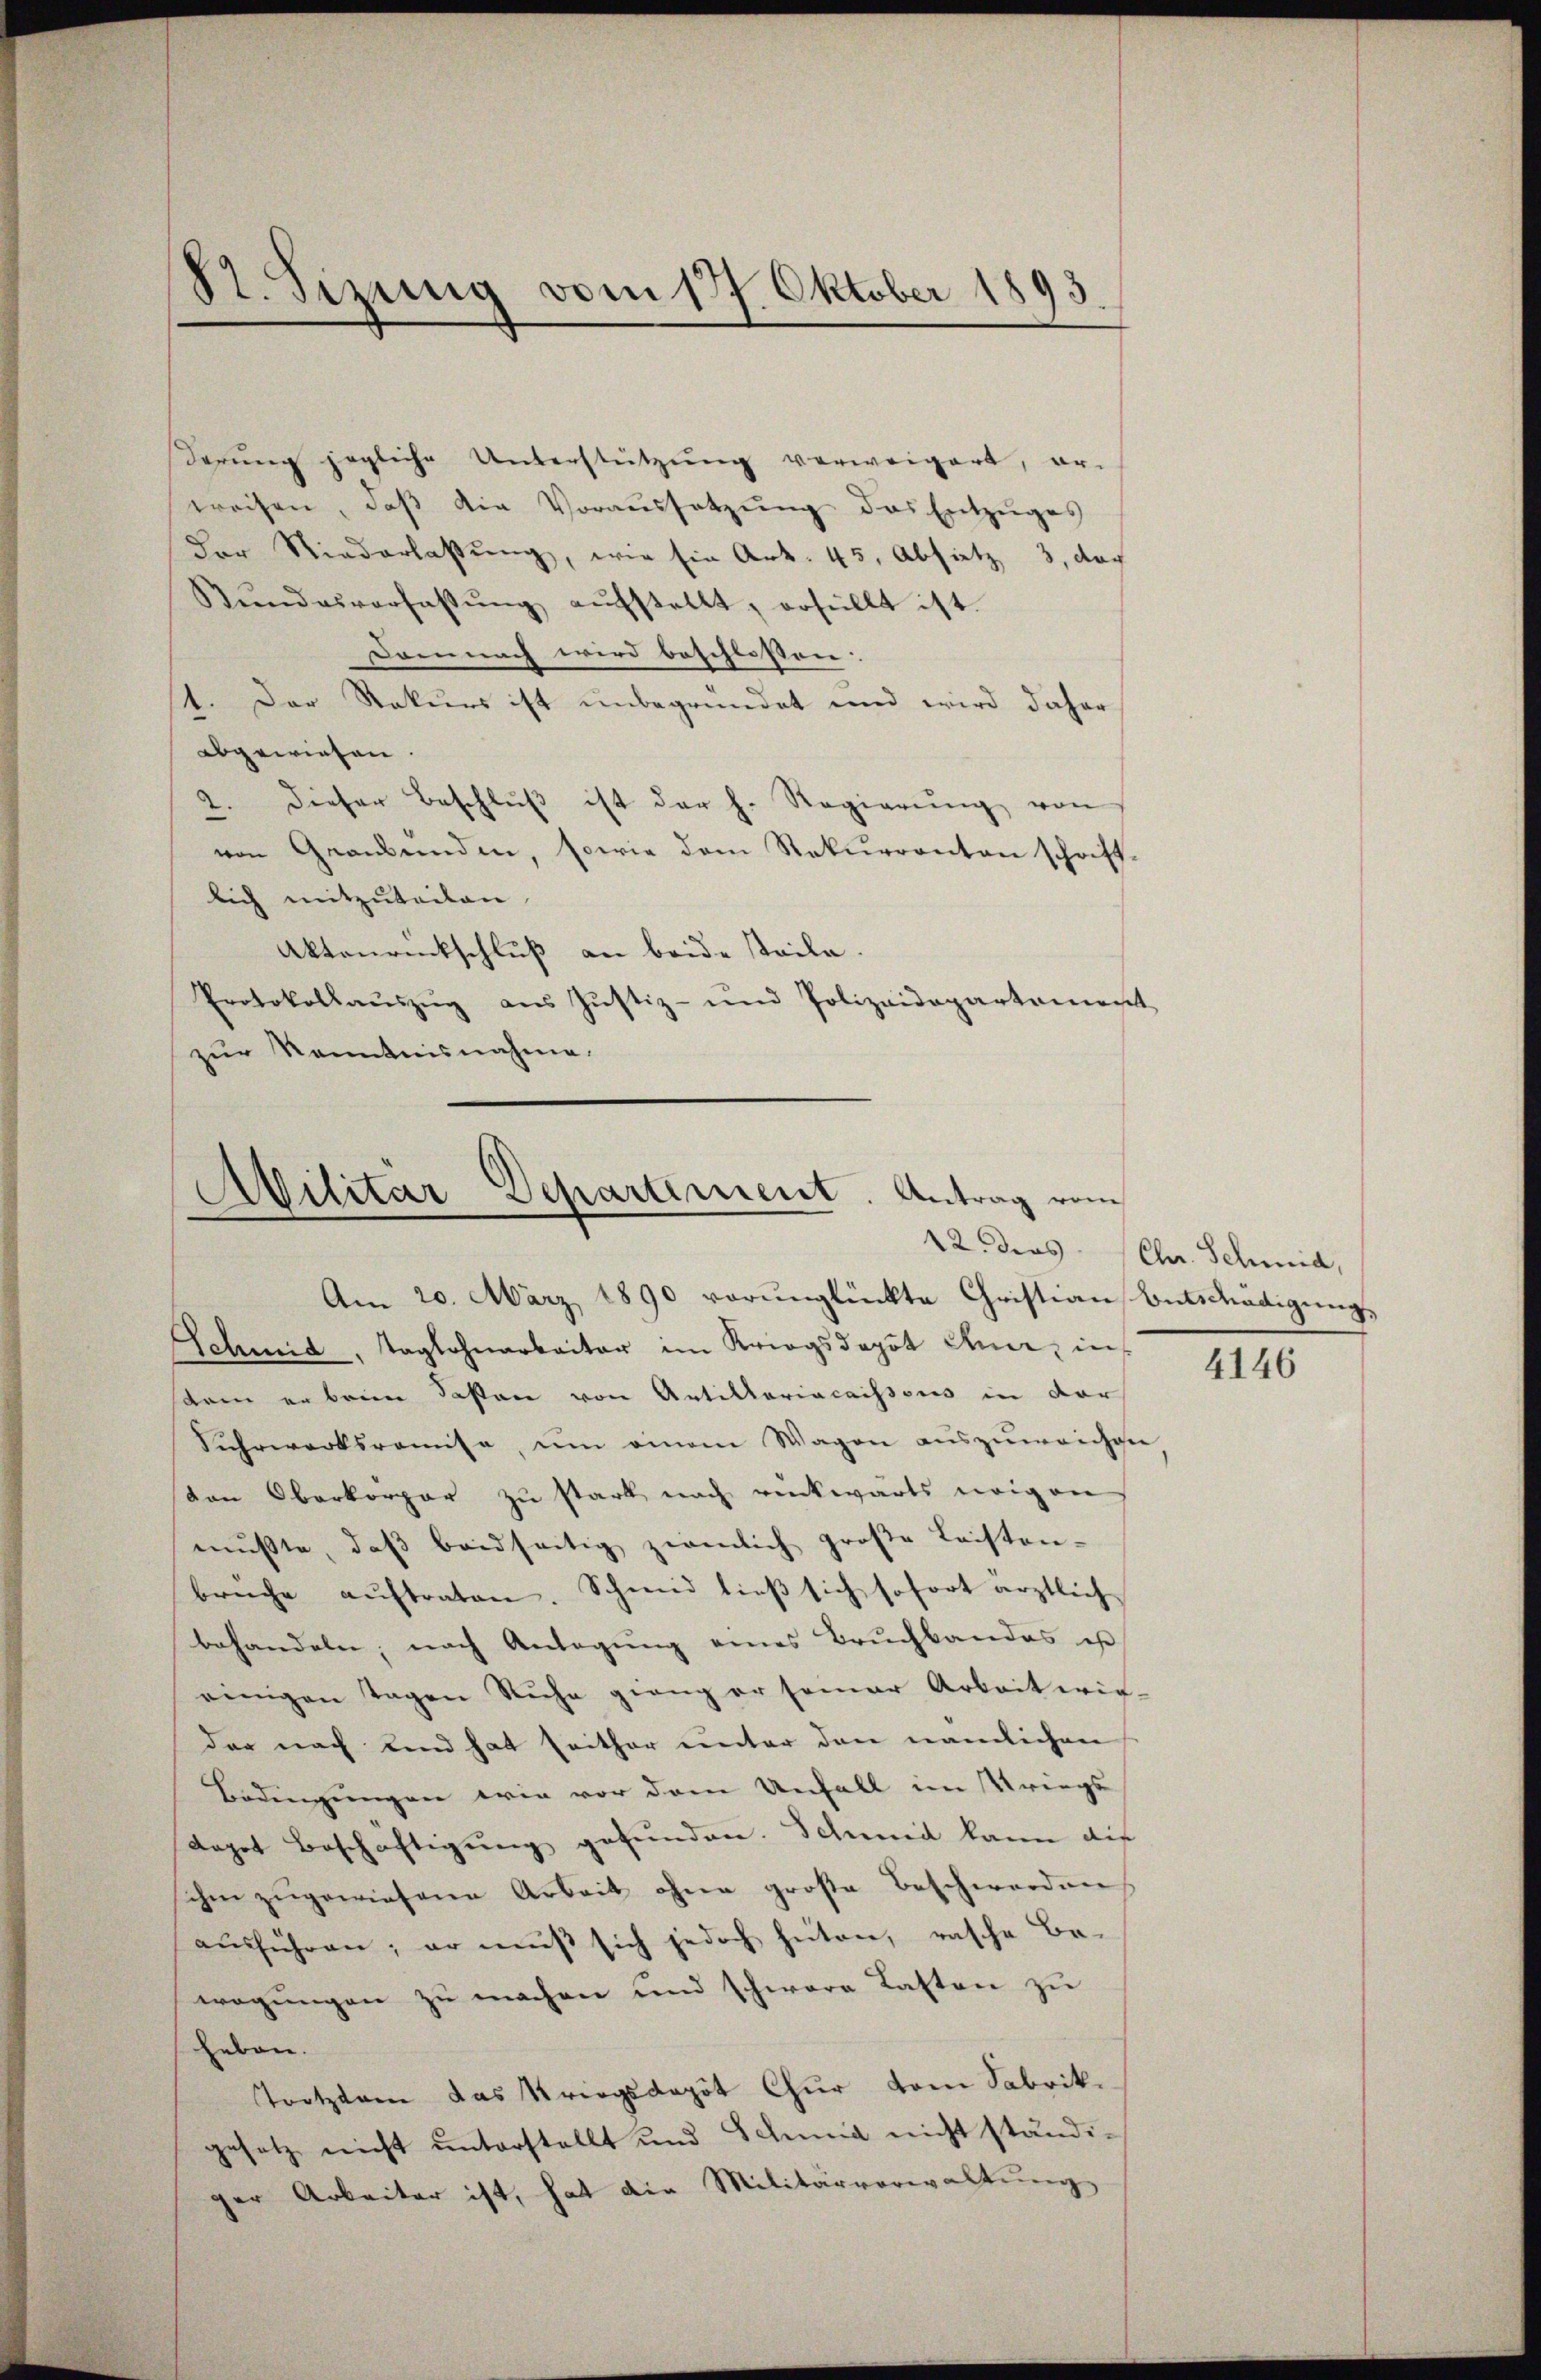
St. Sizung vom 177. Oktober 1893

Serung jegliche Unterstützung verweigert, er-
weisen, daß die Voraussetzung das Entzuges
Der Niederlaßung, wie sie Art. 45, Absatz 3, dar
Kundesverfassŭng aŭfstellt, erfüllt ist.
Damnach wird beschlossen:
1. Der Rekurs ist unbegründet und wird daher
abgewiesen.
2. dieser Beschlŭβ ist der h. Regierŭng von
von Grandenden, sowie dem Rekurrenten schrift.
lich mitzuteilen.
Aktenrückschluß an beide steile.
Protokollaŭszŭg ans Justiz- und Polizeidepartement
zur Kenntnisnahme.

Schmid, Taglohnarbeiter im Kriegsdopot dem, in
arm er brien dasten von Artillariacaissous in dar
Sahrwerksramise, ŭm einem Wagen aŭszŭweichen
von Oberkorpor zu stark nach rückwärts eigen
mŭsste, daβ beidseitig ziemlich große Leisten-
brüche aŭftraten. Schmid dieβ sich sofort ärztlich
behandeln, nach Anlegŭng eines Bruchbandes is
einigen Tagen Ruhe gieng er semar Arbeit wir-
der nach bend hat seither unter den nämlichen
Bedingungen wie vor dem Unfall im Kriegs
depot Beschäftigung gefunden. Schweil kann auf
schen zugewiesene Arbeit ohne große Beschwerden
ausführen; er muß sich jedoch hüten, rasche Be-
wegŭngen zŭ machen und schwere Lasten zu
heben.
Trotztem das Kriegskapit Chur vom Fabrik.
gesetz nicht unterstellt und Schmid nicht ständi-
ger Arbeiter ist, hat die Militärverwaltŭng

Ailitar Departement. Antrag vom
Am 20. März 1890 verunglückte Christian Entschädigung,

12. ders. Chr. Schmid,

4146